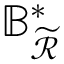
\mathbb { B } _ { \mathcal { \widetilde { R } } } ^ { \ast }